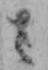
さ